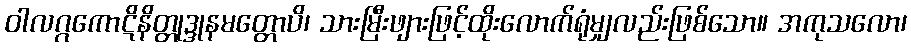
ဝါလဂ္ဂကောဋိနိတ္တုဒ္ဒုနမတ္တောပိ၊ သားမြီးဖျားဖြင့်ထိုးလောက်ရုံမျှလည်းဖြစ်သော။ အကုသလော၊